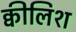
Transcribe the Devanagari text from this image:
क्वीलिश